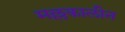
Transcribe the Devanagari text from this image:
मल्लकालीन